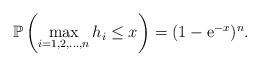
LaTeX: \begin{align*} \mathbb{P} \left( \max_{i=1,2,\ldots,n} h_{i} \leq x \right) = (1-\mathrm{e}^{-x})^n .\end{align*}